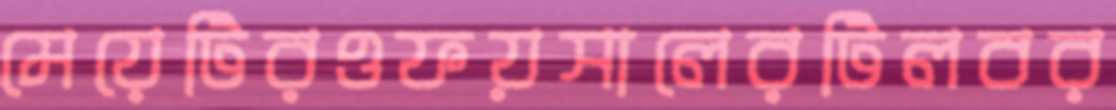
মেয়েটিরওফয়সালেরটিলবর